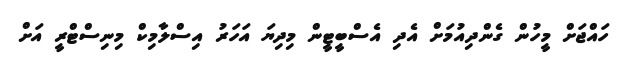
ހައްޖަށް މީހުން ގެންދިއުމަށް އެދި އެސްބީޓީން މިދިޔަ އަހަރު އިސްލާމިކް މިނިސްޓްރީ އަށް